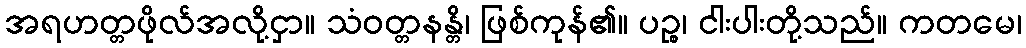
အရဟတ္တဖိုလ်အလို့ငှာ။ သံဝတ္တနန္တိ၊ ဖြစ်ကုန်၏။ ပဉ္စ၊ ငါးပါးတို့သည်။ ကတမေ၊